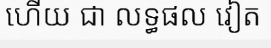
ហើយ ជា លទ្ធផល វៀត